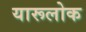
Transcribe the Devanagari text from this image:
यारूलोक